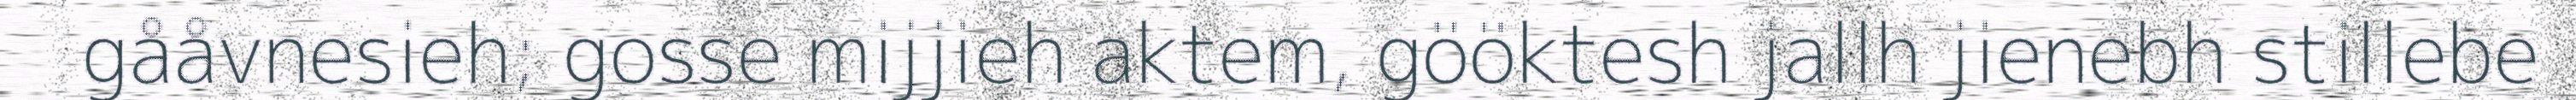
gååvnesieh; gosse mijjieh aktem, gööktesh jallh jienebh stillebe